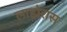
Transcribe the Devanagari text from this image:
लाहोरास